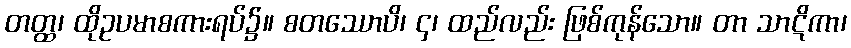
တတ္ထ၊ ထိုဥပမာစကားရပ်၌။ စတဿောပိ၊ ၄၊ ထည်လည်း ဖြစ်ကုန်သော။ တာ သာဋိကာ၊